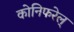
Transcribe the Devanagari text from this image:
कोनिफरेल्